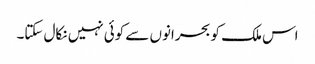
اس ملک کو بحرانوں سے کوئی نہیں نکال سکتا۔